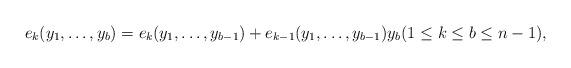
LaTeX: \begin{align*}e_{k}(y_1,\ldots,y_{b}) = e_{k}(y_1,\ldots,y_{b-1}) + e_{k-1}(y_1,\ldots,y_{b-1})y_{b} (1\le k\le b\le n-1), \end{align*}